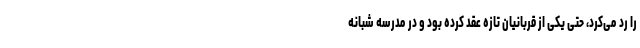
را رد می‌کرد، حتی یکی از قربانیان تازه عقد کرده بود و در مدرسه شبانه